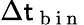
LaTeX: \Delta\mathsf{t}_{\mathrm{{~b~i~n~}}}